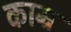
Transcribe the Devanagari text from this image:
काम्र